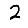
Digit: 2